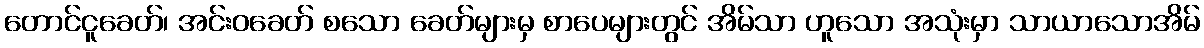
တောင်ငူခေတ်၊ အင်းဝခေတ် စသော ခေတ်များမှ စာပေများတွင် အိမ်သာ ဟူသော အသုံးမှာ သာယာသောအိမ်